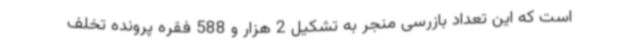
است که این تعداد بازرسی منجر به تشکیل 2 هزار و 588 فقره پرونده تخلف